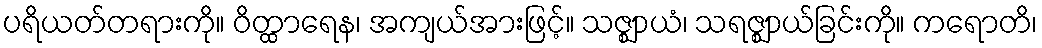
ပရိယတ်တရားကို။ ဝိတ္ထာရေန၊ အကျယ်အားဖြင့်။ သဇ္ဈာယံ၊ သရဇ္ဈာယ်ခြင်းကို။ ကရောတိ၊